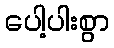
ပေါ့ပါးစွာ